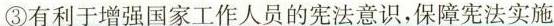
③有利于增强国家工作人员的宪法意识，保障宪法实施